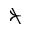
\nsucc